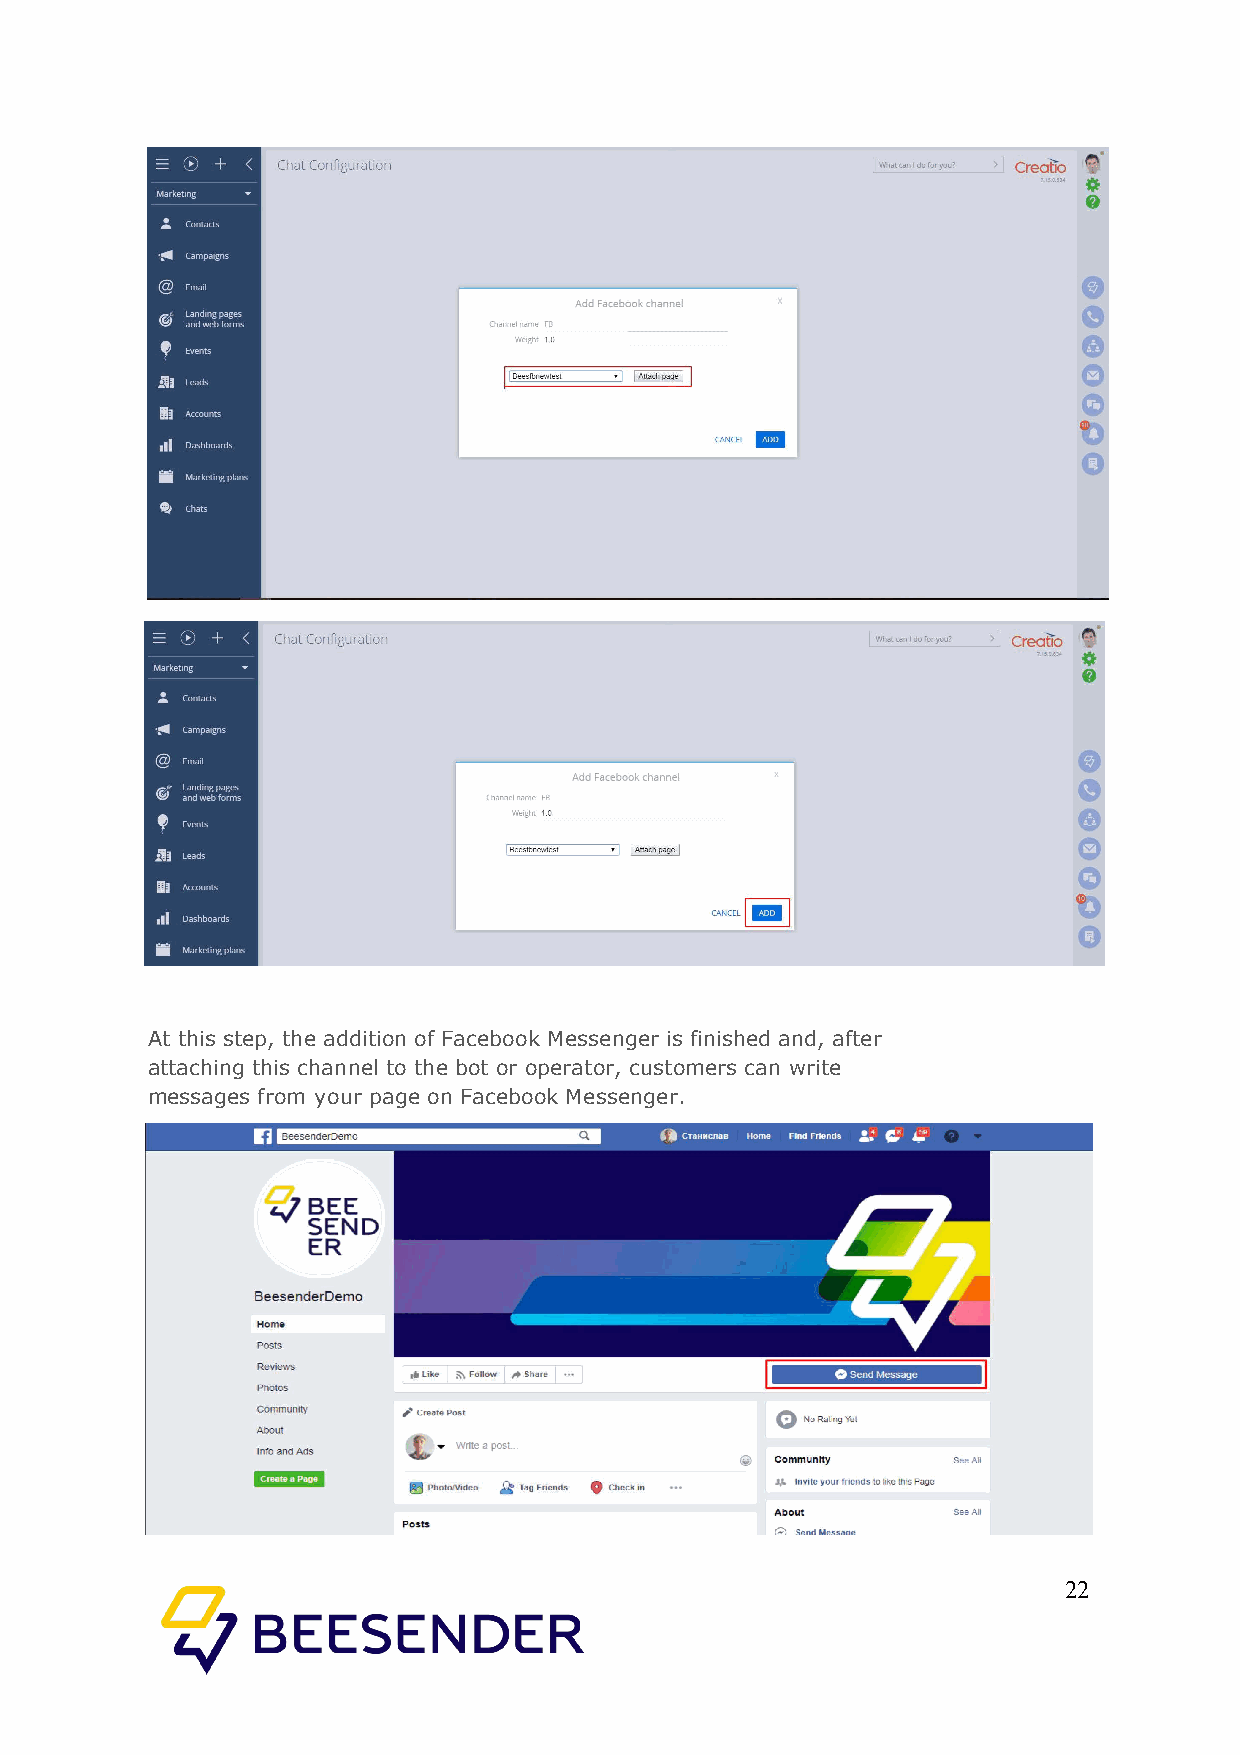
At this step, the addition of Facebook Messenger is finished and, after
 attaching this channel to the bot or operator, customers can write
 messages from your page on Facebook Messenger.
 22